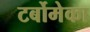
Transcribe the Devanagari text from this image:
टर्बोमेका